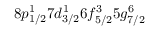
8 p _ { 1 / 2 } ^ { 1 } 7 d _ { 3 / 2 } ^ { 1 } 6 f _ { 5 / 2 } ^ { 3 } 5 g _ { 7 / 2 } ^ { 6 }